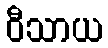
ဝီသာယ